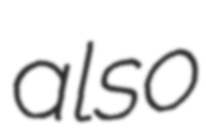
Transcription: also